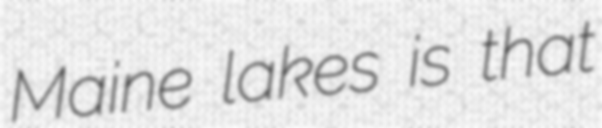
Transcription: Maine lakes is that